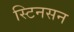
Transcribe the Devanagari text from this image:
स्टिनसन